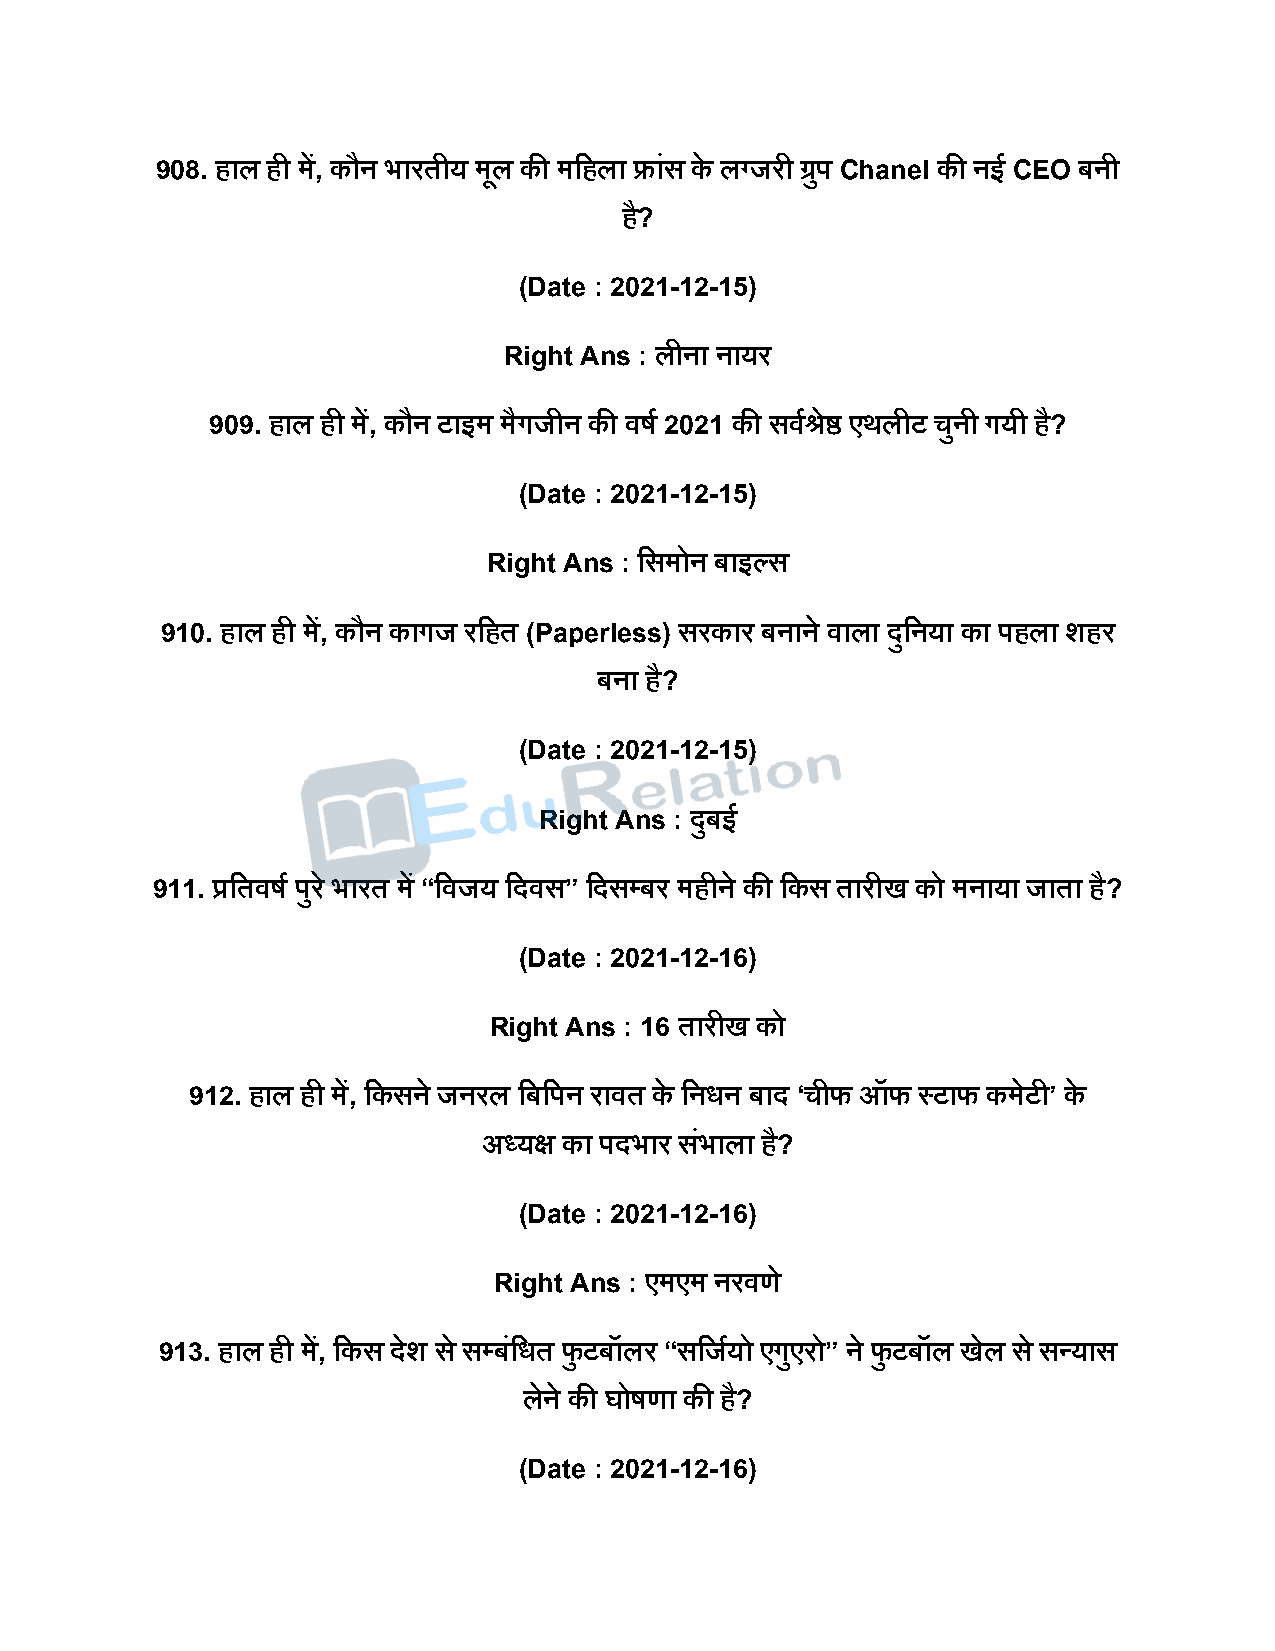
908. हाल ही में, कौन भारतीय मूल की मदहला फ्रांस के लग्जरी ग्रिु Chanel की नई CEO बनी
 है?
 (Date : 2021-12-15)
 Right Ans : लीना नायर
 909. हाल ही में, कौन टाइम मैगजीन की वर्ष 2021 की सवषश्रेष्ठ एथलीट चुनी गयी है?
 (Date : 2021-12-15)
 Right Ans : दसमोन बाइल्स
 910. हाल ही में, कौन कागज रदहत (Paperless) सरकार बनाने वाला िुदनया का िहला शहर
 बना है?
 (Date : 2021-12-15)
 Right Ans : िुबई
 911. प्रदतवर्ष िुर े भारत में “दवजय दिवस” दिसपबर महीने की दकस तारीख को मनाया जाता है?
 (Date : 2021-12-16)
 Right Ans : 16 तारीख को
 912. हाल ही में, दकसने जनरल दबदिन रावत के दनधन बाि ‘चीफ ऑफ स्टाफ कमेटी’ के
 अध्यक्ष का ििभार सभं ाला है?
 (Date : 2021-12-16)
 Right Ans : एमएम नरवणे
 913. हाल ही में, दकस िेश स े सपबंदधत फु टबॉलर “सदजषयो एगुएरो” ने फु टबॉल खेल स े सन्यास
 लेने की घोर्णा की है?
 (Date : 2021-12-16)